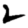
Digit: 2